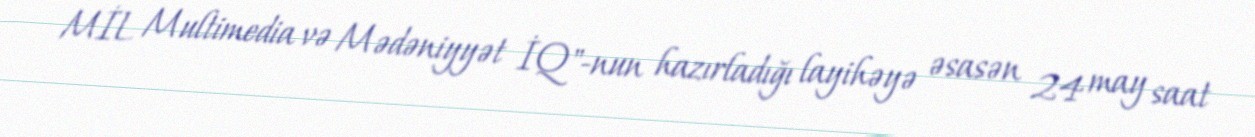
MİL Multimedia və Mədəniyyət İQ"-nun hazırladığı layihəyə əsasən 24 may saat